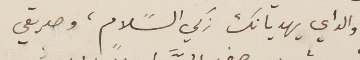
والداي يهديانك زكي السًلام، وصديقي